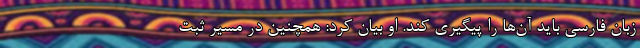
زبان فارسی باید آن‌ها را پیگیری کند. او بیان کرد: همچنین در مسیر ثبت